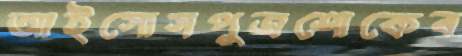
আইসোসপুত্রশোকেব